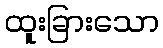
ထူးခြားသော